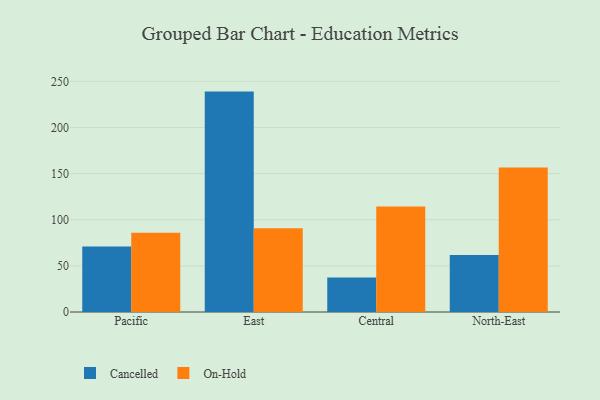
{"axis": {"x": "Region", "y": "Production Output"}, "legend": ["Cancelled", "On-Hold"], "data": [{"x": "Pacific", "y": 71.0, "type": "Cancelled"}, {"x": "Pacific", "y": 85.9, "type": "On-Hold"}, {"x": "East", "y": 238.9, "type": "Cancelled"}, {"x": "East", "y": 90.8, "type": "On-Hold"}, {"x": "Central", "y": 37.4, "type": "Cancelled"}, {"x": "Central", "y": 114.3, "type": "On-Hold"}, {"x": "North-East", "y": 61.9, "type": "Cancelled"}, {"x": "North-East", "y": 156.5, "type": "On-Hold"}]}